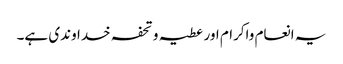
یہ انعام واکرام اور عطیہ و تحفہ خداوندی ہے۔